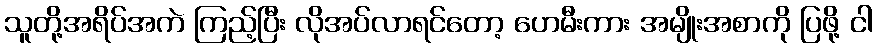
သူတို့အရိပ်အကဲ ကြည့်ပြီး လိုအပ်လာရင်တော့ ဟေမီးကား အမျိုးအစာကို ပြဖို့ ငါ